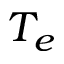
T _ { e }